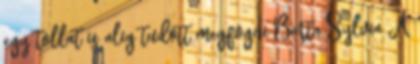
egy tollat is alig tudott megfogni Barta Sylvia A